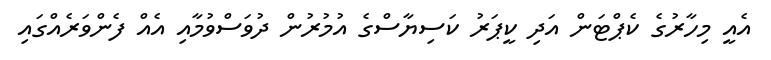
އެއީ މިހާރުގެ ކެޕްޓަން އަދި ކީޕަރު ކަސިޔާސްގެ އުމުރުން ދުވަސްވުމާއި އެއް ފެންވަރެއްގައި